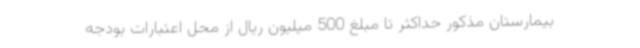
بیمارستان مذکور حداکثر تا مبلغ 500 میلیون ریال از محل اعتبارات بودجه